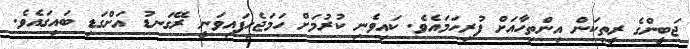
ޖަބީންގެ ރީތިކަން އިންތިހާއަށް ފުރިހަމަައެވެ. ކައިވެނި ކުރުމަށް ހަމަޖެހިފައިވަނީ ރޭގަނޑު އަށްގަޑި ބައިގައެވެ.